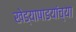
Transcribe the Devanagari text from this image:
खेड्यापाडयांच्या